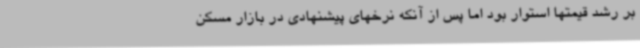
بر رشد قیمتها استوار بود اما پس از آنکه نرخهای پیشنهادی در بازار مسکن